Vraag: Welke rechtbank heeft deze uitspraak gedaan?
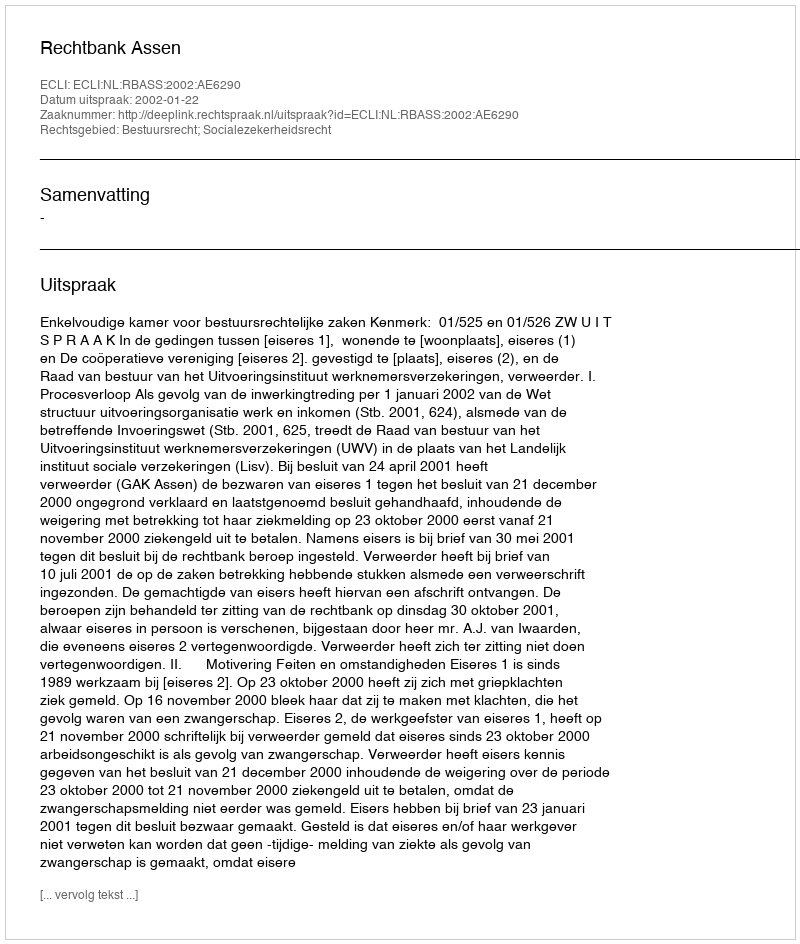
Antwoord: Rechtbank Assen